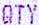
QTY